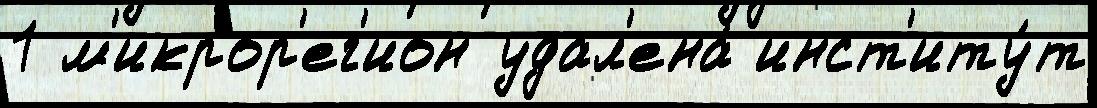
1 м'икрор'ег'ион удал'ена́ инст'иту́т